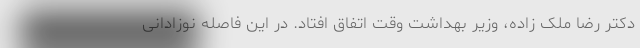
دکتر رضا ملک زاده، وزیر بهداشت وقت اتفاق افتاد. در این فاصله نوزادانی